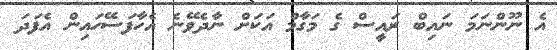
އެ ނޫންނަމަ ނައިބް ރައީސް ގެ މަގާމް އަކަށް ނާދެވޭނެ އެހާފަސޭހައިން އެފަދަ